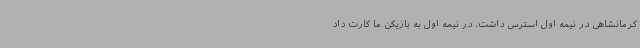
کرمانشاهی در نیمه اول استرس داشت. در نیمه اول به بازیکن ما کارت داد